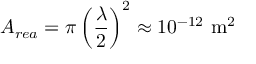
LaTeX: A _ { r e a } = \pi \left( { \frac { \lambda } { 2 } } \right) ^ { 2 } \approx 1 0 ^ { - 1 2 } { \mathrm { ~ m } } ^ { 2 }